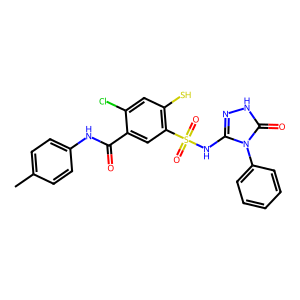
SMILES: Cc1ccc(NC(=O)c2cc(S(=O)(=O)Nc3n[nH]c(=O)n3-c3ccccc3)c(S)cc2Cl)cc1
Inhibits HIV replication: No